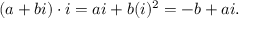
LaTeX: ( a + b i ) \cdot i = a i + b ( i ) ^ { 2 } = - b + a i .